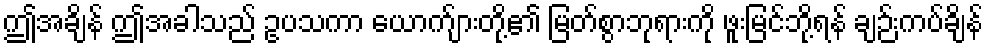
ဤအချိန် ဤအခါသည် ဥပသကာ ယောက်ျားတို့၏ မြတ်စွာဘုရားကို ဖူးမြင်ဘို့ရန် ချဉ်းကပ်ချိန်